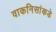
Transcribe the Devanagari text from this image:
वाकनिसांकडे